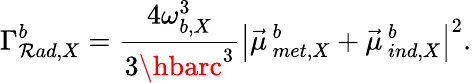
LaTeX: \Gamma_{\mathcal{R}ad,X}^{b}=\frac{{4\omega_{b,X}^{3}}}{{3\hbarc^{3}}}\left|\vec{{\mu}}\, _{met,X}^{b}+\vec{{\mu}}\, _{ind,X}^{b}\right|^{2}.